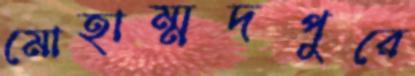
মোহাম্মদপুরে